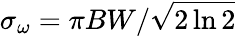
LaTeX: \sigma_{\omega}=\pi BW/\sqrt{2\ln 2}